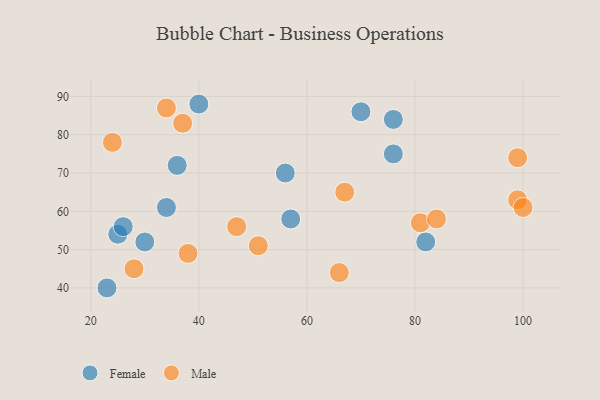
{"axis": {"x": "GDP", "y": "Life Expectancy"}, "legend": ["Female", "Male"], "data": [{"x": "70", "y": 86, "type": "Female"}, {"x": "76", "y": 84, "type": "Female"}, {"x": "25", "y": 54, "type": "Female"}, {"x": "76", "y": 75, "type": "Female"}, {"x": "23", "y": 40, "type": "Female"}, {"x": "40", "y": 88, "type": "Female"}, {"x": "34", "y": 61, "type": "Female"}, {"x": "30", "y": 52, "type": "Female"}, {"x": "56", "y": 70, "type": "Female"}, {"x": "36", "y": 72, "type": "Female"}, {"x": "57", "y": 58, "type": "Female"}, {"x": "82", "y": 52, "type": "Female"}, {"x": "26", "y": 56, "type": "Female"}, {"x": "67", "y": 65, "type": "Male"}, {"x": "37", "y": 83, "type": "Male"}, {"x": "24", "y": 78, "type": "Male"}, {"x": "66", "y": 44, "type": "Male"}, {"x": "51", "y": 51, "type": "Male"}, {"x": "81", "y": 57, "type": "Male"}, {"x": "47", "y": 56, "type": "Male"}, {"x": "34", "y": 87, "type": "Male"}, {"x": "28", "y": 45, "type": "Male"}, {"x": "99", "y": 63, "type": "Male"}, {"x": "84", "y": 58, "type": "Male"}, {"x": "100", "y": 61, "type": "Male"}, {"x": "38", "y": 49, "type": "Male"}, {"x": "99", "y": 74, "type": "Male"}]}